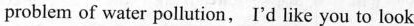
problem of water pollution, I'd like you to look